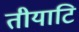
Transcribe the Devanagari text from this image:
तीयाटि